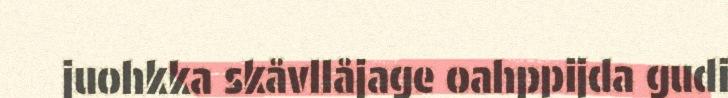
juohkka skåvllåjage oahppijda gudi